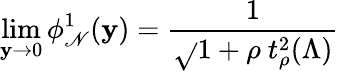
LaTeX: \operatorname*{lim}_{\mathbf{y}\to0}\phi_{\mathscr{N}}^{1}(\mathbf{y})=\frac{{1}}{{\sqrt{}{{1+\rho\ t_{\rho}^{2}(\Lambda)}}}}